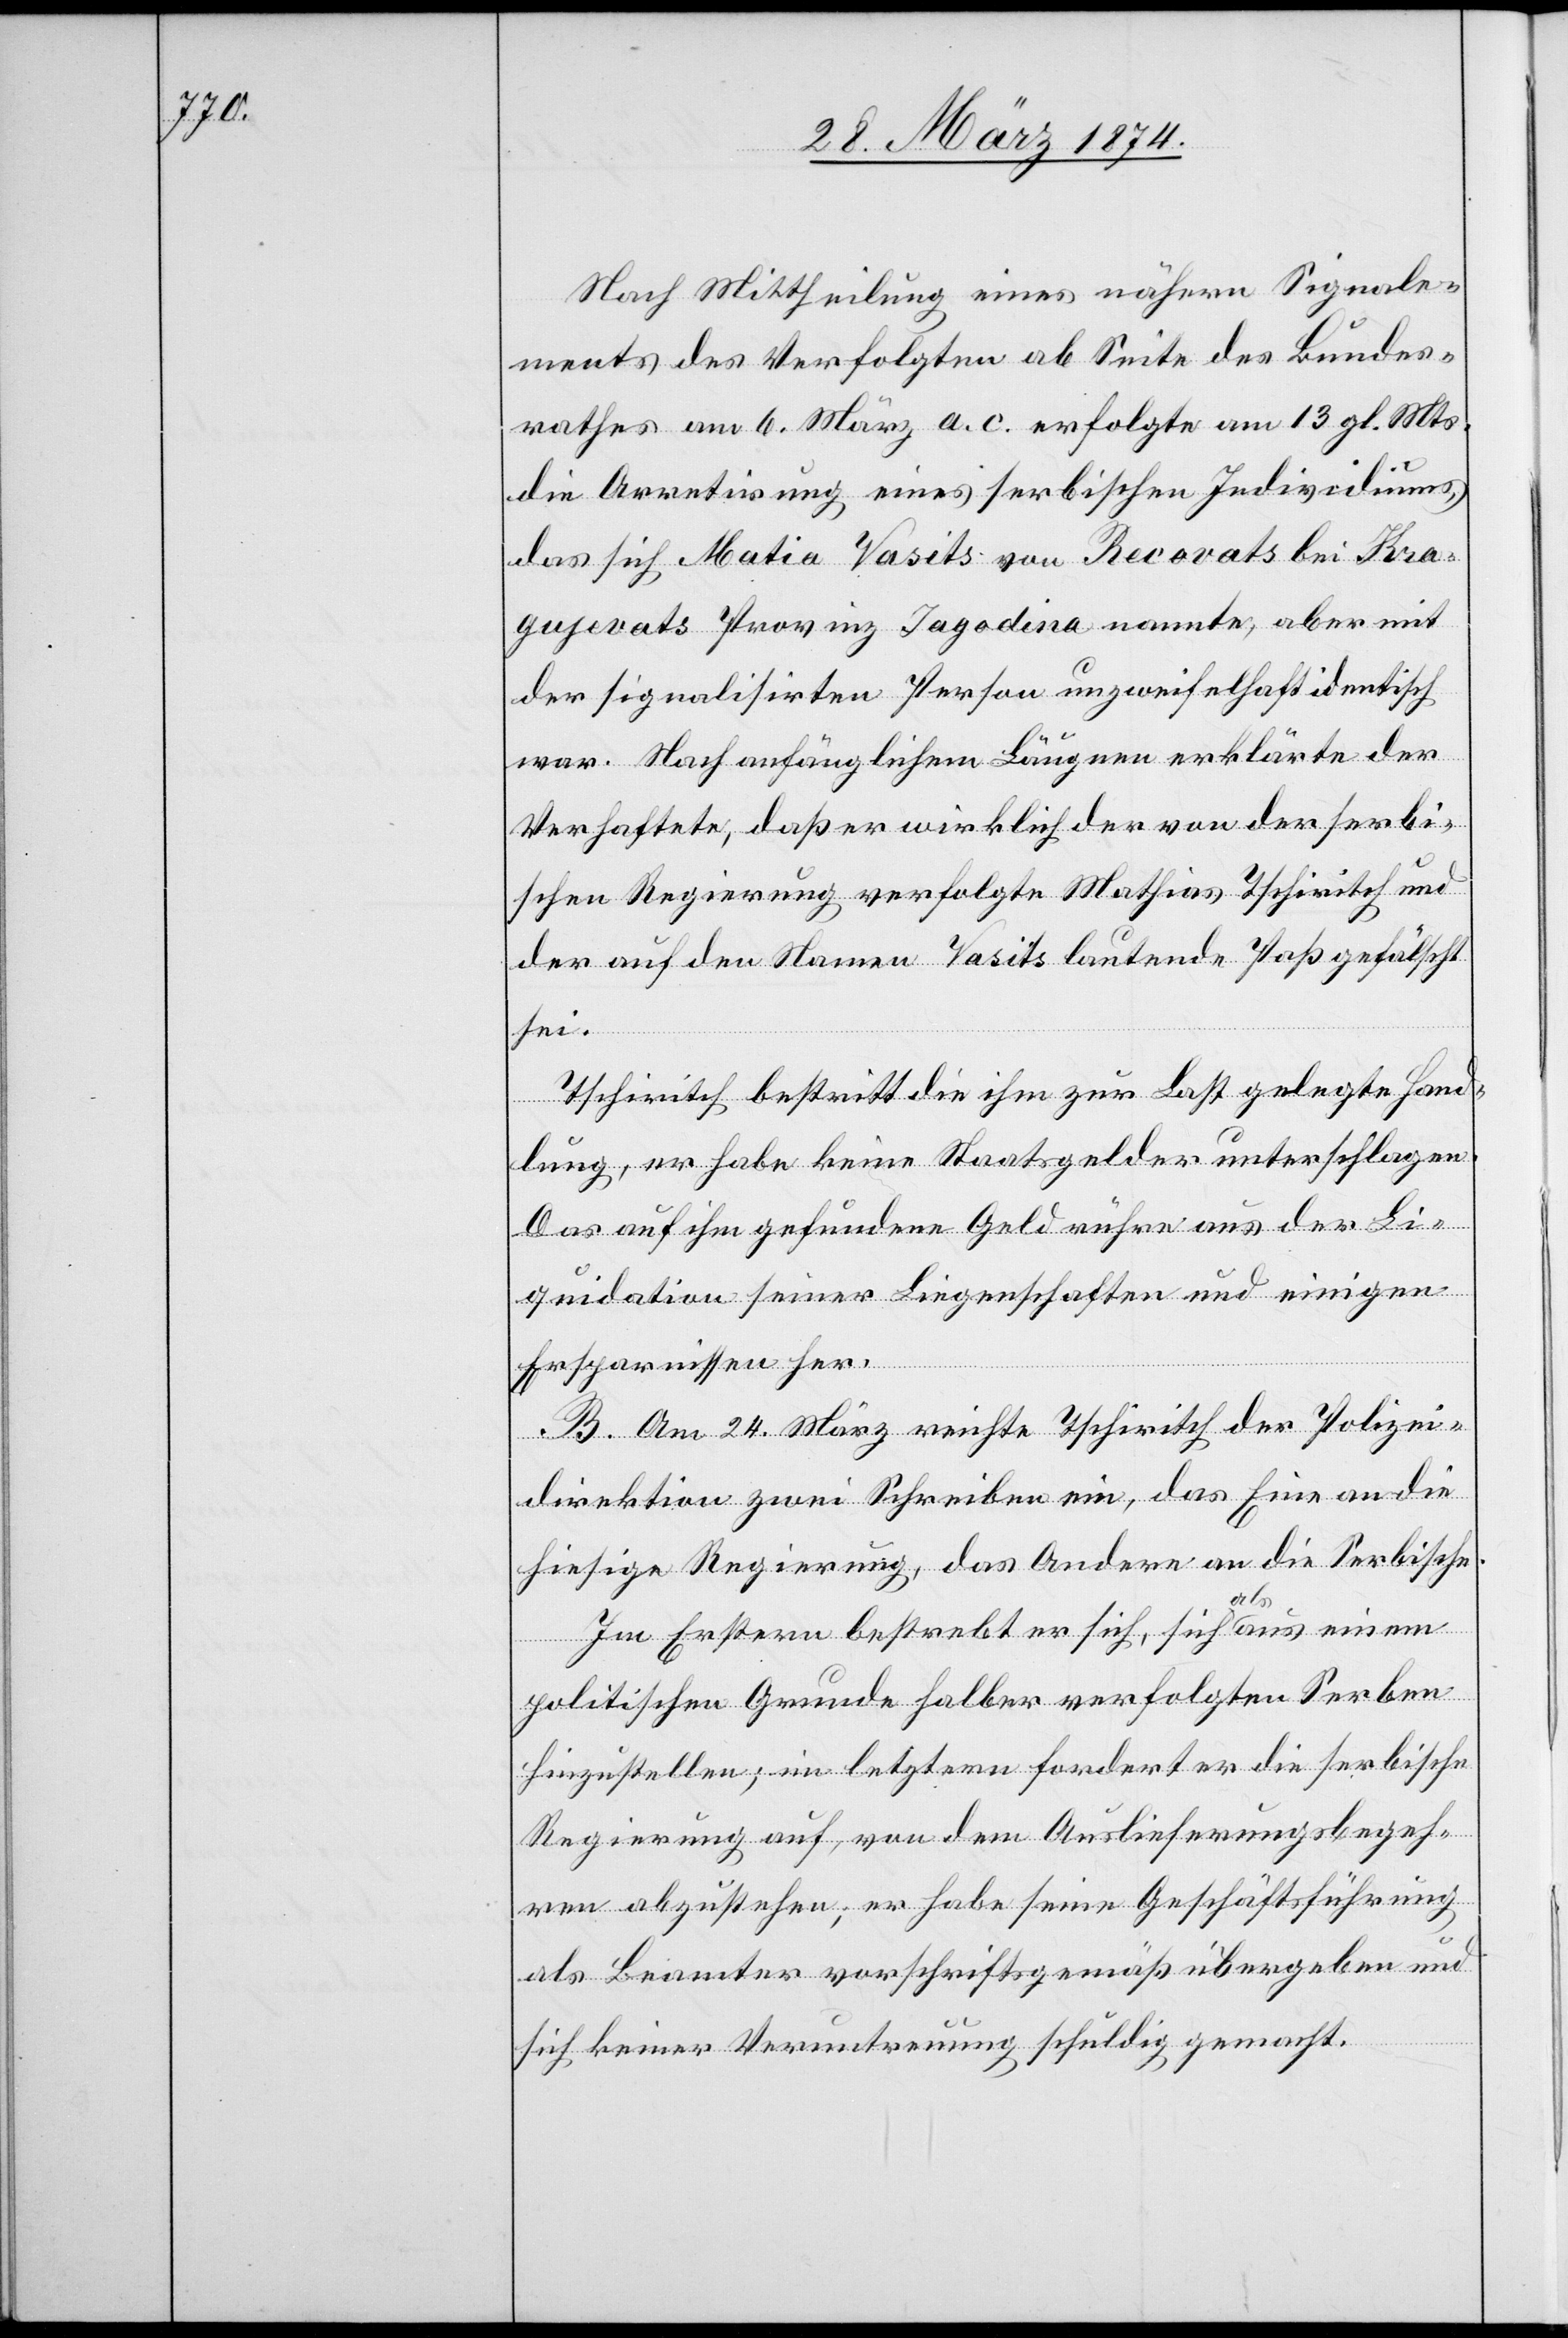
ag[g]o¬

Nach Mittheilung eines nähern Signale¬
ments des Verfolgten ab Seite des Bundes¬
rathes am 6. März a. c. erfolgte am 13. gl. Mts.
die Arretirung eines serbischen Individuums,
das sich Matia Vasits von Recovats bei Kra¬
verats] Provinz Jagodina nannte, aber mit
der signalisirten Person unzweifelhaft identisch
war. Nach anfänglichem Läugnen erklärte der
Verhaftete, daß er wirklich der von der serbi¬
schen Regierung verfolgte Mathias Tschiritch und
der auf den Namen Vasits lautende Paß gefälscht
sei.
Tschiritch bestritt die ihm zur Last gelegte Hand¬
lung, er habe keine Staatsgelder unterschlagen.
Das auf ihm gefundene Geld rühre aus der Li¬
quidation seiner Liegenschaften und einigen
Ersparnissen her.
B. Am 24. März reichte Tschiritch der Polizei¬
direktion zwei Schreiben ein, das Eine an die
hiesige Regierung, das Andere an die Serbische.
ats
Im Erstern bestrebt er sich, sich als aus einem
Kr¬
politischen Grunde halber verfolgten Serben
hinzustellen; im letztern fordert er die serbische
Regierung auf, von dem Auslieferungsbegeh¬
ren abzustehen; er habe seine Geschäftsführung
als Beamter vorschriftsgemäß übergeben und
sich keiner Veruntreuung schuldig gemacht.